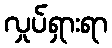
လှုပ်ရှားရာ